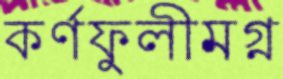
কর্ণফুলীমগ্ন